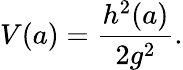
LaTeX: V(a)=\frac{h^{2}(a)}{2g^{2}}.